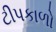
ટીપકાળો